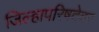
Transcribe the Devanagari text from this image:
जिल्हापरिषदेवर